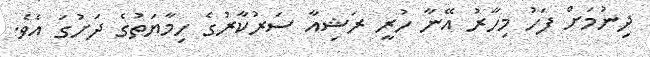
ދިނުމަށް ފަހު މިހާރު އޭނާ ހުރީ ރަޝިއާ ސަރުކާރުގެ ހިމާޔަތުގެ ދަށުގަ އެވެ.